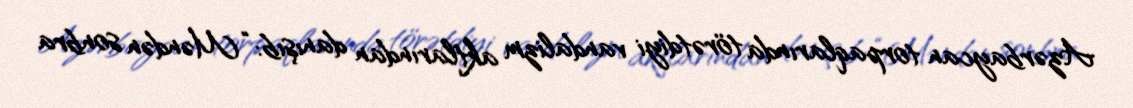
Azərbaycan torpaqlarında törətdiyi vandalizm aktlarından danışıb: “Məndən sonbra